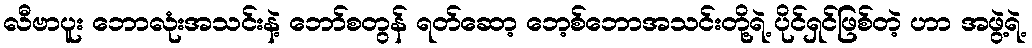
လီဗာပူး ဘောလုံးအသင်းနဲ့ ဘော်စတွန် ရတ်ဆော့ ဘေ့စ်ဘောအသင်းတို့ရဲ့ ပိုင်ရှင်ဖြစ်တဲ့ ဟာ အဖွဲ့ရဲ့